Lunatic asylums Burma 1907-21 - 1907-1921
Year: 1907
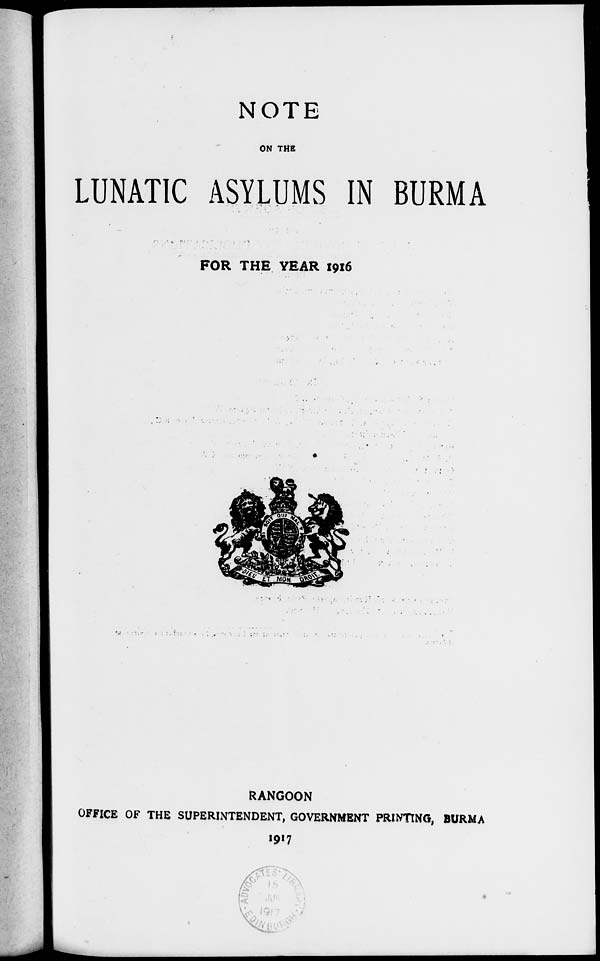
NOTE
ON THE
LUNATIC ASYLUMS IN BURMA
FOR THE YEAR 1916
RANGOON
OFFICE OF THE SUPERINTENDENT, GOVERNMENT PRINTING, BURMA
1917